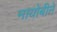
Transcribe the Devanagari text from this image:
नायोबीने